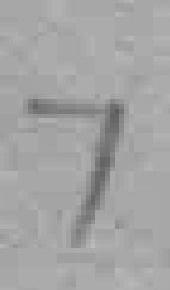
7